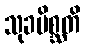
သုခမိစ္ဆတိ